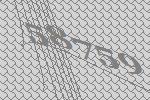
58759